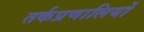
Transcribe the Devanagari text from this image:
तर्कप्रणालियों